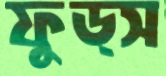
ফুড্স